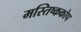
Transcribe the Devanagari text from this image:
मस्तिष्ककोप